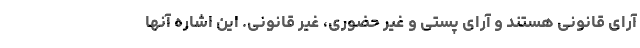
آرای قانونی هستند و آرای پستی و غیر حضوری، غیر قانونی. این اشاره آنها